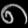
Digit: ၈